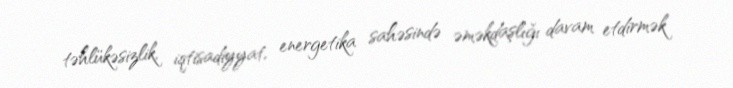
təhlükəsizlik, iqtisadiyyat, energetika sahəsində əməkdaşlığı davam etdirmək